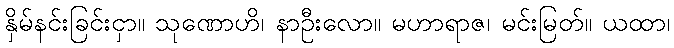
နှိမ်နင်းခြင်းငှာ။ သုဏောဟိ၊ နာဦးလော။ မဟာရာဇ၊ မင်းမြတ်။ ယထာ၊